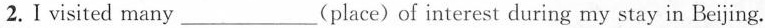
2.Ⅰⅵsited many ___(place) of interest during my stay in Beijing.